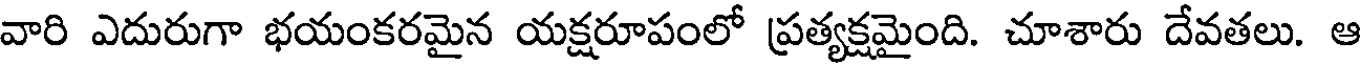
వారి ఎదురుగా భయంకరమైన యక్షరూపంలో ప్రత్యక్షమైంది. చూశారు దేవతలు. ఆ